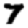
Digit: 7